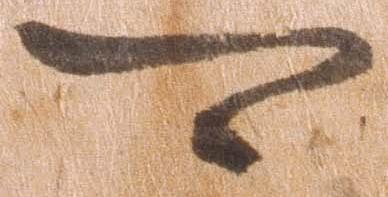
可